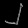
Digit: ၂